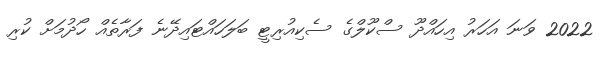
2022 ވަނަ އަހަރު އިހައްދޫ ސްކޫލްގެ ސެކިއުރިޓީ ބަލަހައްޓައިދޭނެ ފަރާތެއް ހޯދުމަށް ކުރި